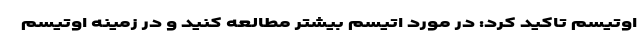
اوتیسم تاکید کرد: در مورد اتیسم بیشتر مطالعه کنید و در زمینه اوتیسم